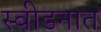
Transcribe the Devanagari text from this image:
स्वीडनात